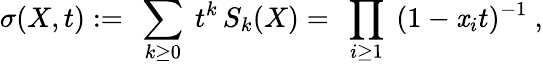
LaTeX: \sigma(X,t):=\ \sum_{k\geq0}\ t^{k}\, S_{k}(X)=\ \prod_{i\geq1}\ (1-\mathit{x}_{i}t)^{-1}\ ,